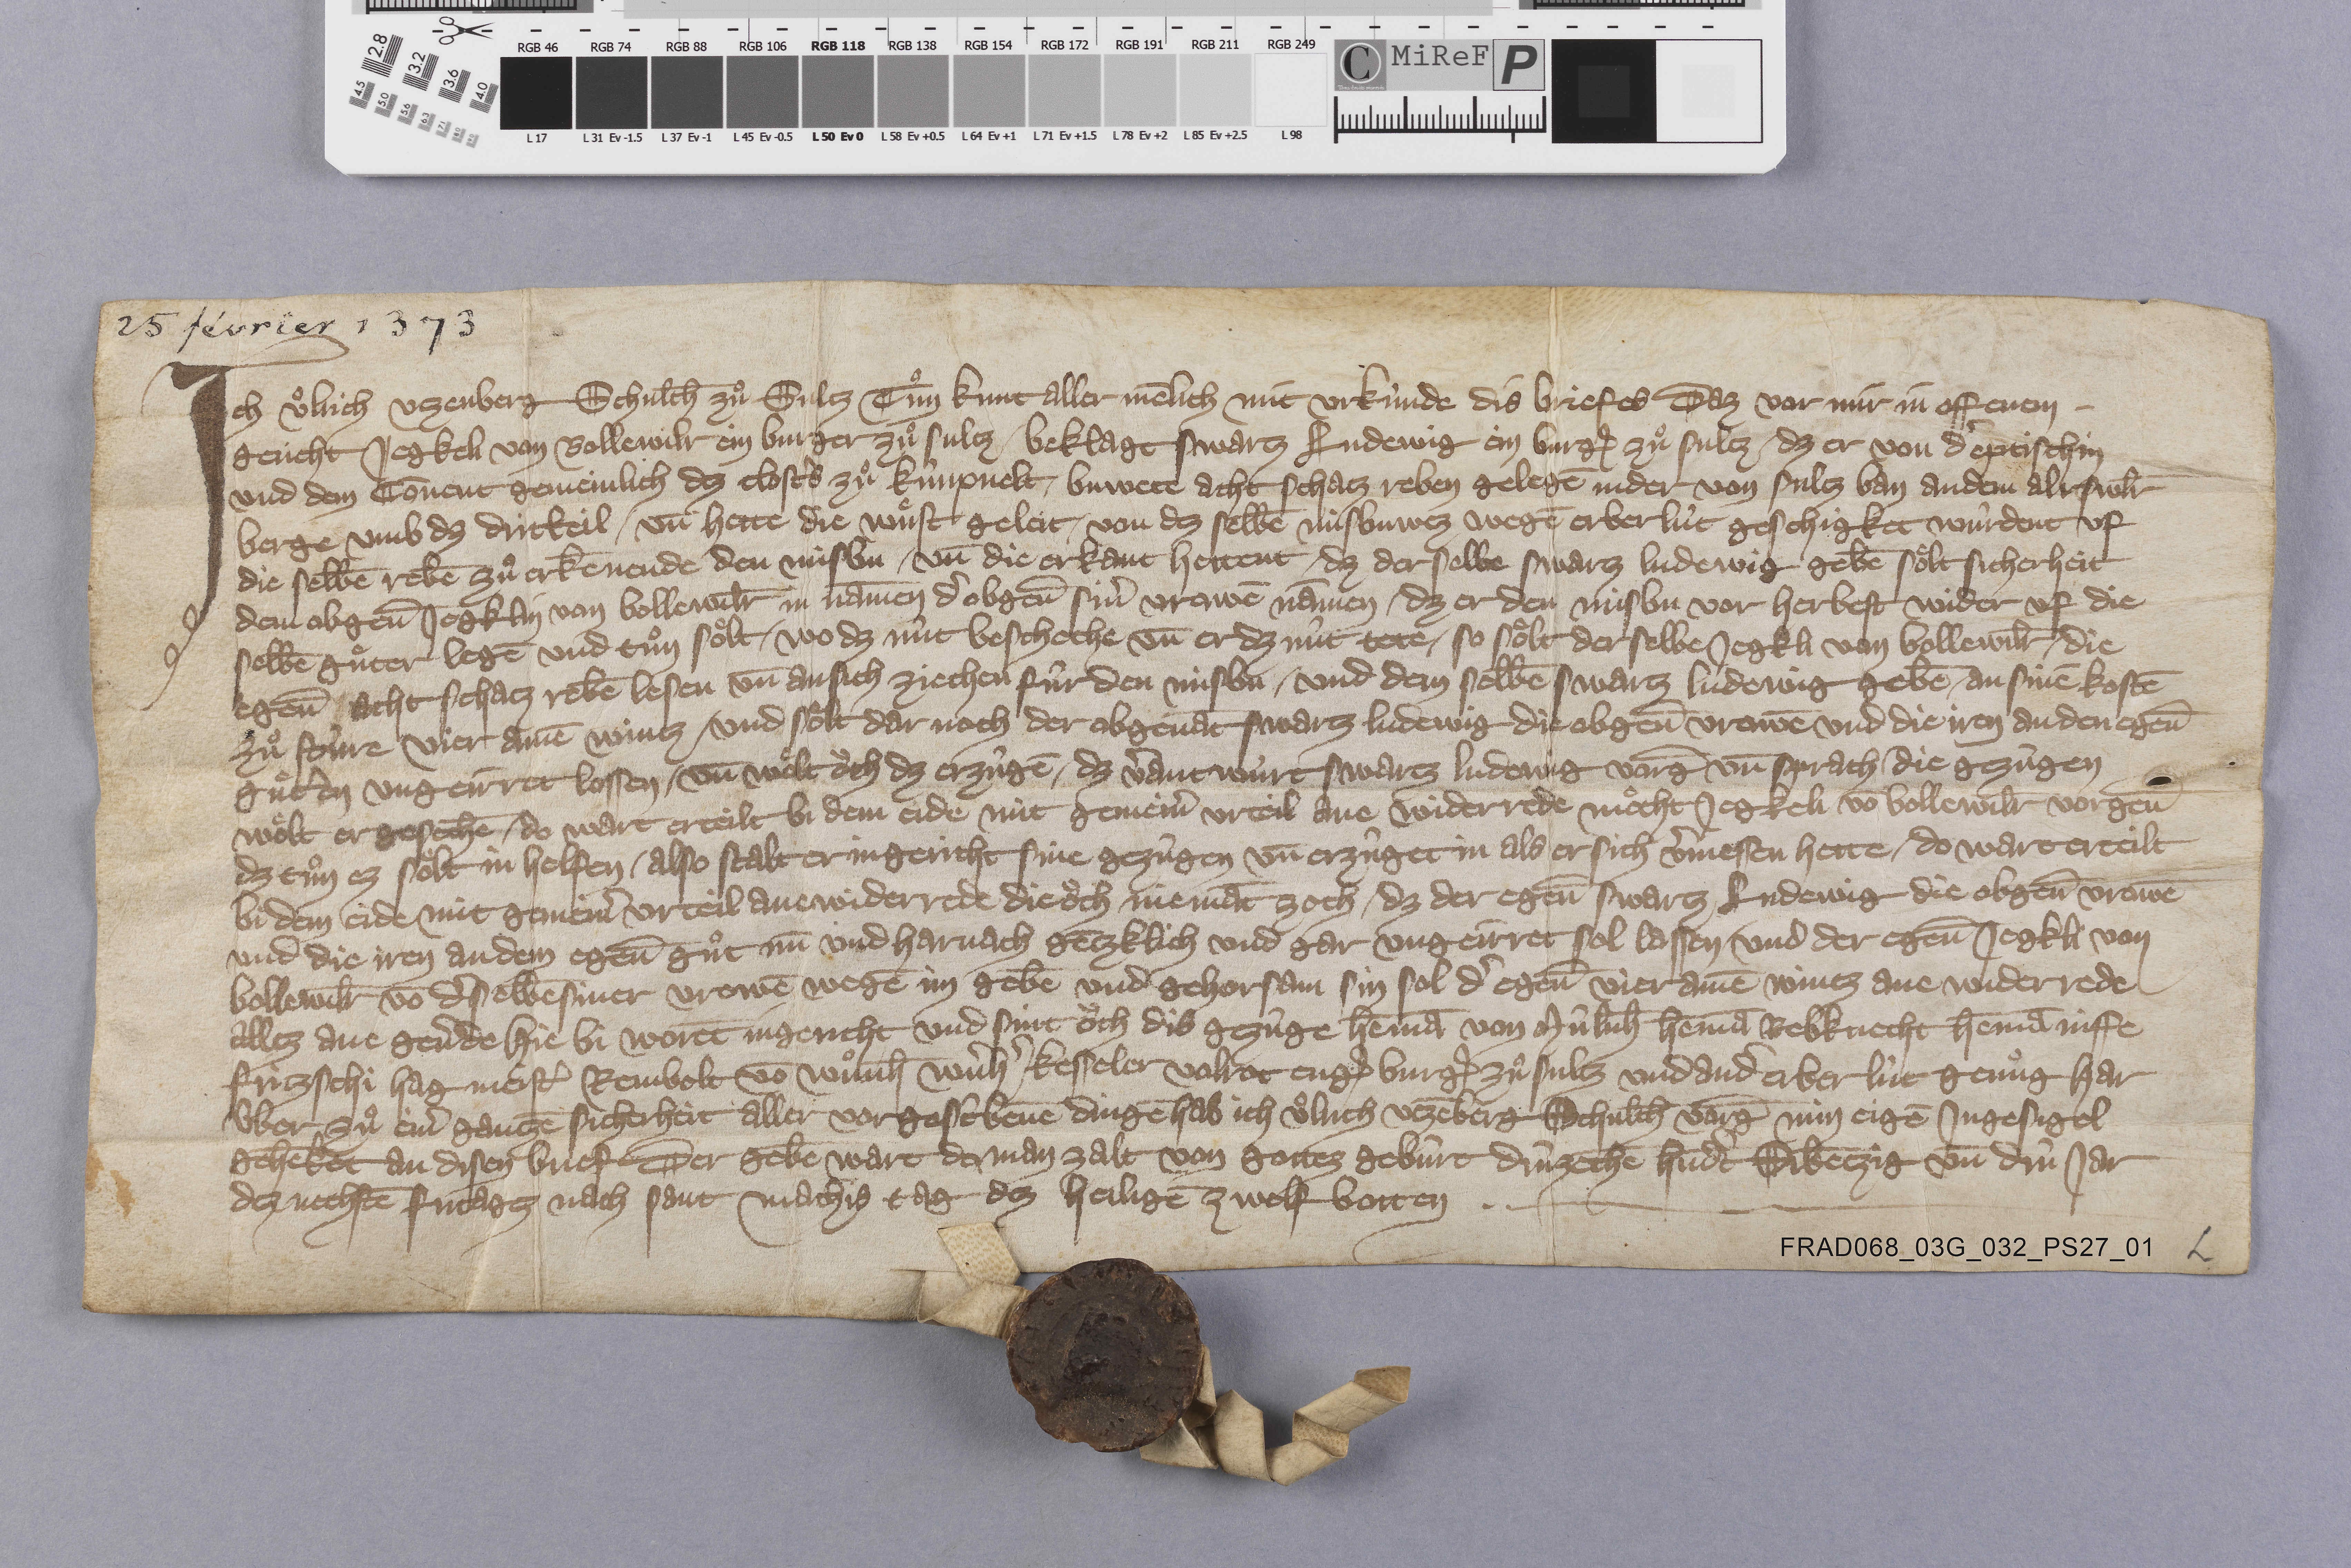
25 février 1373

Ich Uͦlrich Utzenberg schulth̄ zuͦ Sultz tuͦn kunt aller mēlich mit urkùnde dis briefes daz vor mir in offenem ✳
gericht Jegkeli von Bollewilr ein burger zuͦ Sultz ✳ beklagt Swartz Ludewig ein burgˀ zuͦ Sultz ✳ dz er von dˀ eptischin
und dem cōvent gemeinlich dez clostˀs zuͦ Kûnxvelt ✳ buwete acht schatz reben gelegē inder von Sultz ban an dem Alrswl̄r
berge umb dz dritteil ✳ un̄ hette die wuͤst geleit ✳ von dez selbē misbuwez wegē erber lût geschigket wûrdent uf
die selbē rebē zuͦ erkēnende den misbu ✳ un̄ die erkant hettent ✳ dz der selbe Swartz Ludewig gebē soͤlt sicherheit
dem obgen̄ Jegklin von Bollewil̄r in nāmen dˀ obgen̄ sinˀ vrowē nāmen ✳ dz er den misbu vor herbest wider uf die
selbē guͦter legē und tuͦn soͤlt ✳ wo dz nût bescheche un̄ er dz nût tete ✳ so soͤlt der selbe Jegkli von Bollewil̄r ✳ die
egen̄ acht schatz rebē lesen un̄ ansich ziechen fûr den misbu ✳ und dem selbē Swartz Ludewig gebē ✳ an sinē kostē
zuͦ    re vier amē wintz ✳ und soͤlt dar noch der obgenāt Swartz Ludewig die obgen̄ vrowē und die iren an den egen̄
guͤtˀen ungeirret lossen ✳ un̄ woͤlt oͧch dz erzûgē ✳ dz vˀantwûrt Swartz Ludewig vorḡ un̄ sprach ✳ die gezùgen
woͤlt er gesechē ✳ do wart erteilt bi dem eide mit gemeinˀ urteil ane widerrede moͤcht Jegkeli vō Bollewil̄r vorgen̄
dz tuͦn ez soͤlt in helfen ✳ also stalt er in gericht sine gezûgen un̄ erzûget in als er sich vˀmessen hette ✳ do wart erteilt
bi dem eide mit gemeinˀ urteil ane widerrede die oͧch niemāt zoch ✳ dz der egen̄ Swartz Ludewig die obgen̄ vrowē
und die iren andem egen̄ guͦt nū und harnach gētzlich und gar ungeirret sol lassen ✳ und der egen̄ Jegkli von
Bollewil̄r vō dˀselbē siner vrowē wegē im gebē  und gehorsam sin sol dˀ egen̄ vier amē wintz ane widerrede
allez ane gevˀde hie bi worēt ingericht und sint oͧch dis gezûge Hem̄a von Mûlūh Hem̄a Rebknecht Hemā  Niffe
Fritzschi Hagmeistˀ Reinbolt vō Wuͦnh̄ Wˀnhˀ Kesseler Volrot Engˀ burgˀ zuͦ Sultz und andˀ erber lùt genuͦg har
ûber zuͦ einˀ gantzē sicherheit aller vorgescˀbenē dingē hab ich Uͦlrich Utzēberg schulth̄ vorḡ min eigē ingesigel
gehēket an disen biref der gebē wart do man zalt von gottez gebûrt drûzechē hūdˀt sibētzig un̄ drû jar
dez nechstē fritagez nach sant Mathis tag dez heiligē zwelf botten. ✳